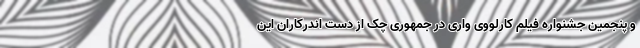
و پنجمین جشنواره فیلم کارلووی واری در جمهوری چک از دست اندرکاران این